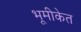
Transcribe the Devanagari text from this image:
भूमीकेत